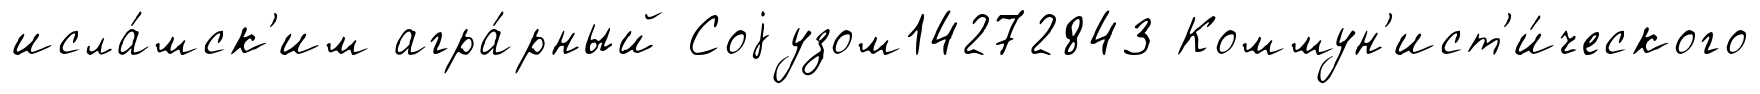
исла́мск'им агра́рный Соjузом14272843 Коммун'ист'и́ческого